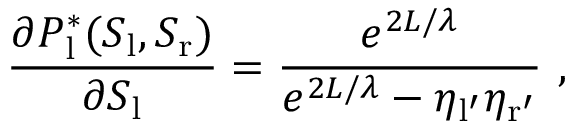
\frac { \partial P _ { \mathrm { l } } ^ { * } ( S _ { \mathrm { l } } , S _ { \mathrm { r } } ) } { \partial S _ { \mathrm { l } } } = \frac { e ^ { 2 L / \lambda } } { e ^ { 2 L / \lambda } - \eta _ { \mathrm { l ^ { \prime } } } \eta _ { \mathrm { r ^ { \prime } } } } \ ,